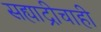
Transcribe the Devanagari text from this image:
सह्याद्रीचाही